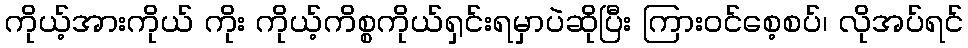
ကိုယ့်အားကိုယ် ကိုး ကိုယ့်ကိစ္စကိုယ်ရှင်းရမှာပဲဆိုပြီး ကြားဝင်စေ့စပ်၊ လိုအပ်ရင်